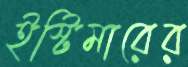
ইস্টিমারের